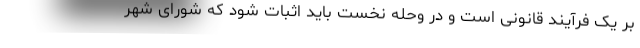
بر یک فرآیند قانونی است و در وحله نخست باید اثبات شود که شورای شهر